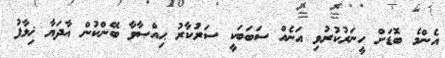
އެންމެ ބޮޑަށް ހީނަރުކުރުވި އަނެއް ސަބަބަކީ ސަރުކާރު ޙިއްޞާވާ ބޭންކުން އާދަޔާ ޚިލާފު